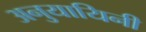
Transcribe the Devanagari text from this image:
अनुयायिनी